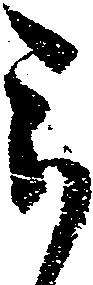
被